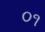
૦૧